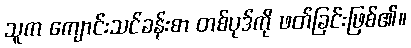
သူက ကျောင်းသင်ခန်းစာ တစ်ပုဒ်ကို ဖတ်ခြင်းဖြစ်၏။